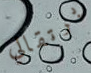
برتقالي